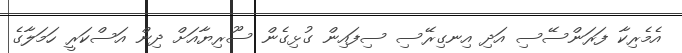
އެމެރިކާ ފަރަންސޭސި އަދި އިނގިރޭސި ސިފައިން ގުޅިގެން ސޫރިޔާއަށް ދިން އަސްކަރީ ހަމަލާގެ